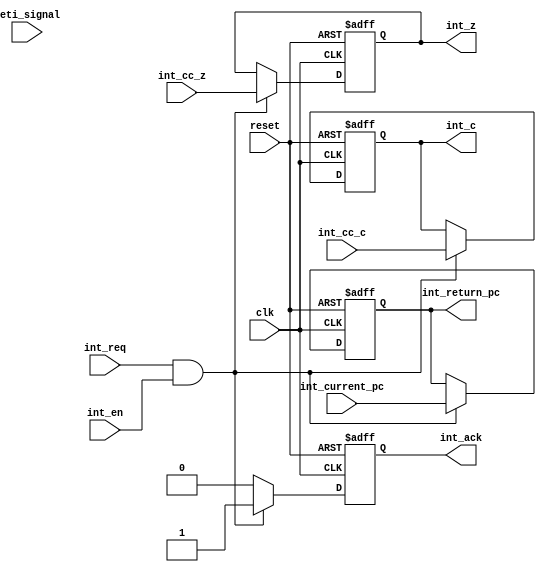
module interrupt_pc(clk, reset, int_current_pc, int_en, int_req, int_cc_c, int_cc_z ,
                    int_return_pc, int_z, int_c, int_ack, reti_signal);

parameter d_width = 12;

input                clk;
input                reset;
input  [d_width-1:0] int_current_pc;
input                int_en;
input                int_req;
input                int_cc_z;
input                int_cc_c;
input                reti_signal;

output [d_width-1:0] int_return_pc;
output               int_c;
output               int_z;
output               int_ack;


reg    [d_width-1:0] int_return_pc;
reg                  int_c;
reg                  int_z;
reg                  int_ack;

always@(posedge clk or negedge reset)
  begin
    if(reset != 1'b1)
    begin
      int_return_pc <= 1'b0;
      int_c         <= 1'b0;
      int_z         <= 1'b0;
      int_ack       <= 1'b0;
    end
    
    else if(int_req == 1'b1 && int_en == 1'b1)//save pc c z
    begin
      int_return_pc  <= int_current_pc;
      int_z          <= int_cc_z;
      int_c          <= int_cc_c;
      int_ack        <= 1'b1; //infrom state outside pp
    end
    
    else
	 begin
//      int_return_pc  <= int_current_pc;
//      int_z          <= int_cc_z;
//      int_c          <= int_cc_c;
      int_ack    		<= 1'b0; //infrom state outside pp
	 end
  end
endmodule